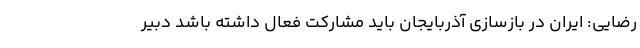
رضایی: ایران در بازسازی آذربایجان باید مشارکت فعال داشته باشد دبیر